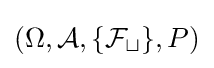
(\Omega ,{\mathcal {A}},\{{\mathcal {F_{t}}}\},P)